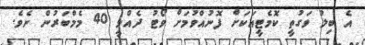
އެ ބިލު ވަގުތީ ކޮމެޓީއަކަށް ފޮނުއްވުމަށް ވޯޓު ދެއްވީ 40 މެމްބަރުން ނެވެ.